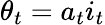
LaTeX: \theta_{t}=a_{t}i_{t}